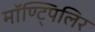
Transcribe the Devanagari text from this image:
मॉण्ट्पिलिर